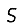
Digit: 5